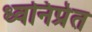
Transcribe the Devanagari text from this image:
ध्वनिप्रेत